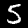
Label: 5